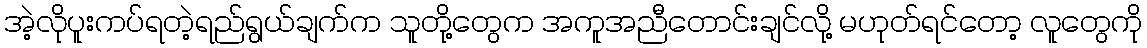
အဲ့လိုပူးကပ်ရတဲ့ရည်ရွယ်ချက်က သူတို့တွေက အကူအညီတောင်းချင်လို့ မဟုတ်ရင်တော့ လူတွေကို